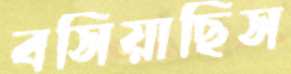
বসিয়াছিস